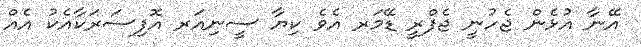
އޭނާ އުޅެން ޖެހުނީ ޖެފްރީ ޑޭމަރ އެވެ ކިޔާ ސީނިއަރ އޮފިސަރަކާއެކު އެއް